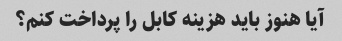
آیا هنوز باید هزینه کابل را پرداخت کنم؟